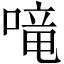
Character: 𠺠